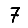
Digit: 7